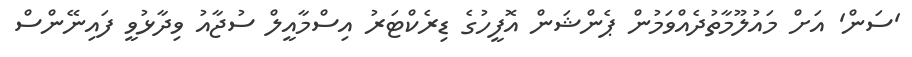
'ސަން' އަށް މައުލޫމާތުދެއްވަމުން ޕެންޝަން އޮފީހުގެ ޑިރެކްޓަރު އިސްމާއީލް ސުޖާއު ވިދާޅުވީ ފައިނޭންސް